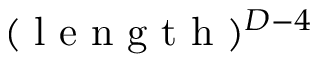
( \mathrm { ~ l ~ e ~ n ~ g ~ t ~ h ~ } ) ^ { D - 4 }